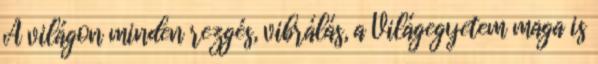
A világon minden rezgés, vibrálás, a Világegyetem maga is